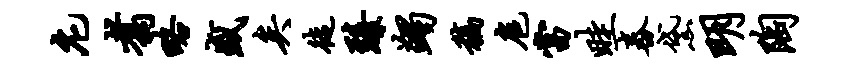
庀翥略盛矣徒臻蠲稿扈当畦舂黛明陶